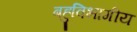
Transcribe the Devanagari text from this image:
बहुविभागीय